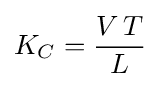
K_{C}={\frac {V\,T}{L}}